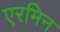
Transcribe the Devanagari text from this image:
एरमिन